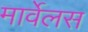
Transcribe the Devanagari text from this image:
मार्वेलस